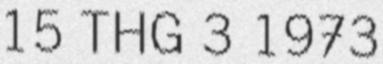
15 THG 3 1973